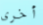
أخرى